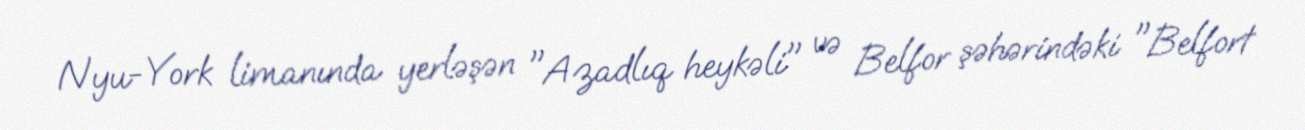
Nyu-York limanında yerləşən "Azadlıq heykəli" və Belfor şəhərindəki "Belfort